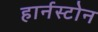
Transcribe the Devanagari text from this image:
हार्नस्टोन